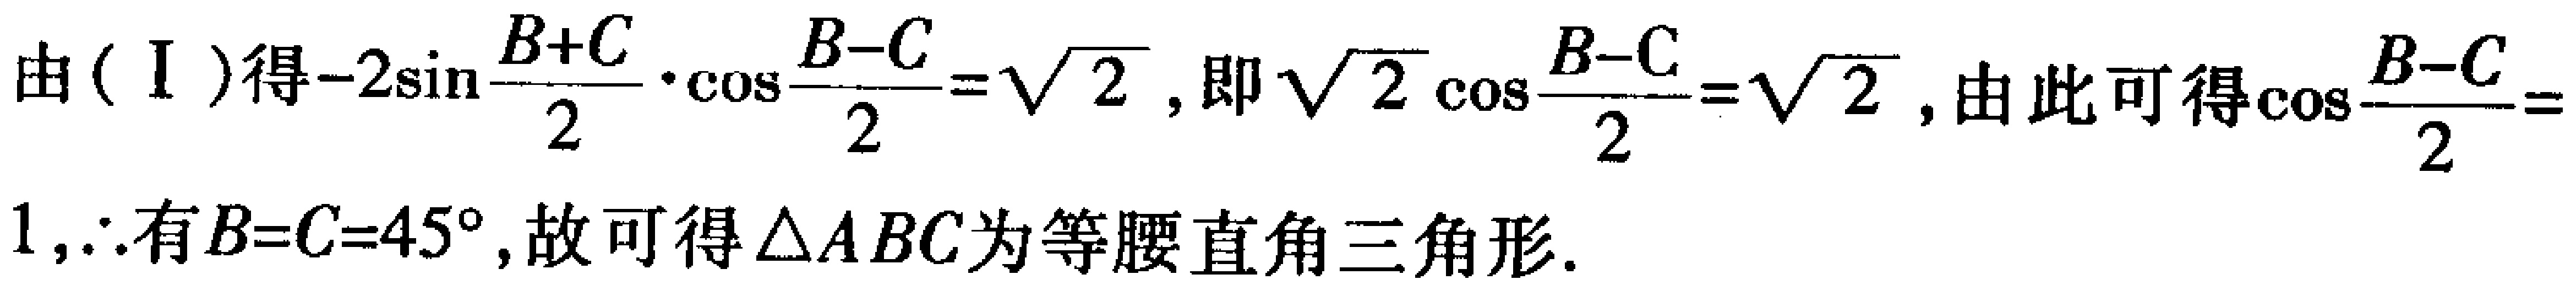
由（I）得\(-2\sin\frac{B + C}{2}\cdot\cos\frac{B - C}{2}=\sqrt{2}\)，即\(\sqrt{2}\cos\frac{B - C}{2}=\sqrt{2}\)，由此可得\(\cos\frac{B - C}{2}=1\)，\(\therefore\)有\(B = C = 45^{\circ}\)，故可得\(\triangle ABC\)为等腰直角三角形.